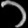
Digit: ၁